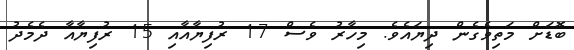
ބޮޑަށް މަތިވެގެން ދިޔައެވެ. މިހާރު ވެސް 17 ރުފިޔާއާއި 15 ރުފިޔާއާ ދެމެދު